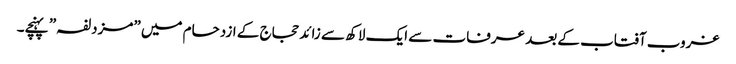
غروب آفتاب کے بعد عرفات سے ایک لاکھ سے زائد حجاج کے ازدحام میں ”مزدلفہ” پہنچے۔